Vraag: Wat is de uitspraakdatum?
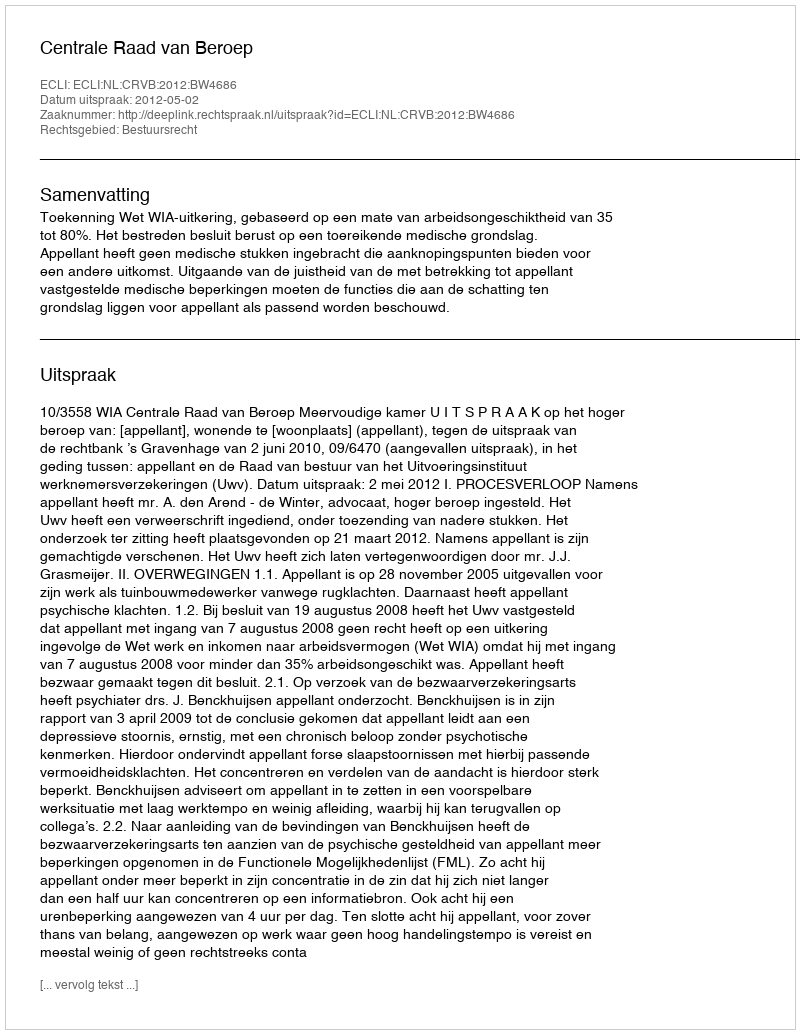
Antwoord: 2012-05-02